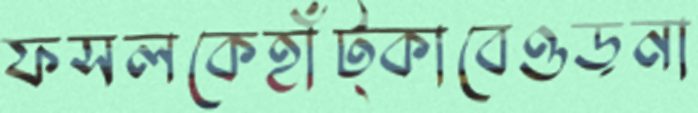
ফসলকেহাঁট্‌কাবেওড়না